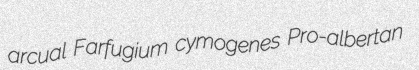
arcual Farfugium cymogenes Pro-albertan